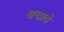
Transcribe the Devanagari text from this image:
बचावे